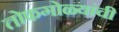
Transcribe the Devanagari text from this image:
तोफगोळ्यांची